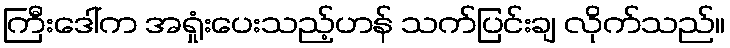
ကြီးဒေါ်က အရှုံးပေးသည့်ဟန် သက်ပြင်းချ လိုက်သည်။